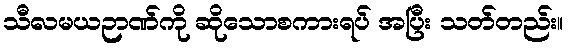
သီလမယဉာဏ်ကို ဆိုသောစကားရပ် အပြီး သတ်တည်း။